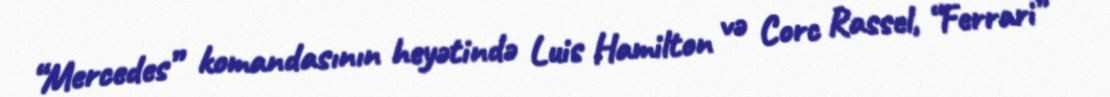
“Mercedes” komandasının heyətində Luis Hamilton və Corc Rassel, “Ferrari”